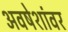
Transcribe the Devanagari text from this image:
अवषेशांवर